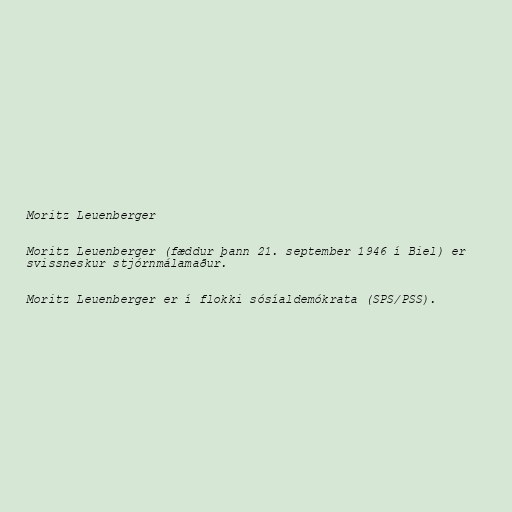
Moritz Leuenberger

Moritz Leuenberger (fæddur þann 21. september 1946 í Biel) er
svissneskur stjórnmálamaður.

Moritz Leuenberger er í flokki sósíaldemókrata (SPS/PSS).